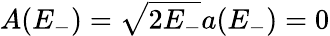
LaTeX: A(E_{-})=\sqrt{2E_{-}}a(E_{-})=0